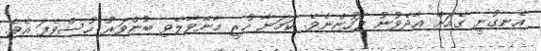
އެނގުނީ ގެއަށް އާދެވުނު ފަހުންނެވެ. ކަމަނާ ހުރީ މާނޭވާލެވި ބުންވަރު ހުސްވެފަ އެވެ.